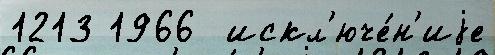
1213 1966  искл'юче́н'иjе